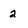
Character: 2